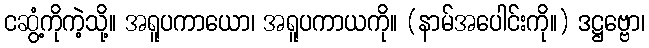
ငဆွံ့ကိုကဲ့သို့။ အရူပကာယော၊ အရူပကာယကို။ (နာမ်အပေါင်းကို။) ဒဋ္ဌဗ္ဗော၊